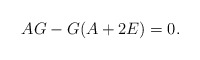
\begin{align*}AG-G(A+2E)=0.\end{align*}